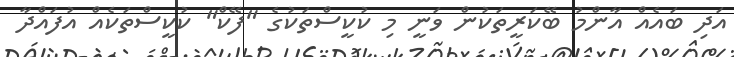
އަދި ބައެއް އާންމު ބޭކަރީތަކުން ވަނީ މި ކުކީސްތަކުގެ "ފޭކް" ކުކީސްތަކެއް އުފައްދާ